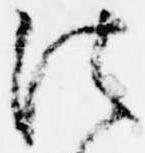
法